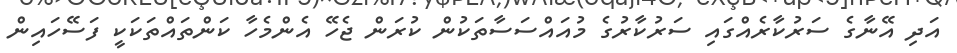
އަދި އޭނާގެ ސަރުކާރެއްގައި ސަރުކާރުގެ މުއައްސަސާތަކުން ކުރަން ޖެހޭ އެންމެހާ ކަންތައްތަކަކީ ފަސޭހައިން